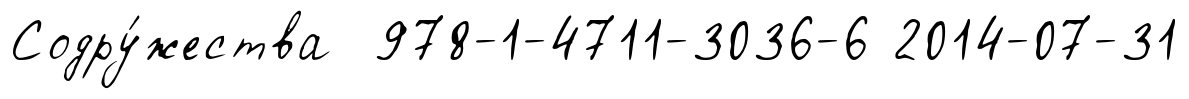
Содру́жества 978-1-4711-3036-6 2014-07-31